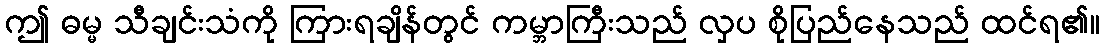
ဤ ဓမ္မ သီချင်းသံကို ကြားရချိန်တွင် ကမ္ဘာကြီးသည် လှပ စိုပြည်နေသည် ထင်ရ၏။